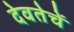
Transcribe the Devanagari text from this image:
देवतेचें